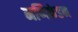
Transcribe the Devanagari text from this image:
मणिकंडन